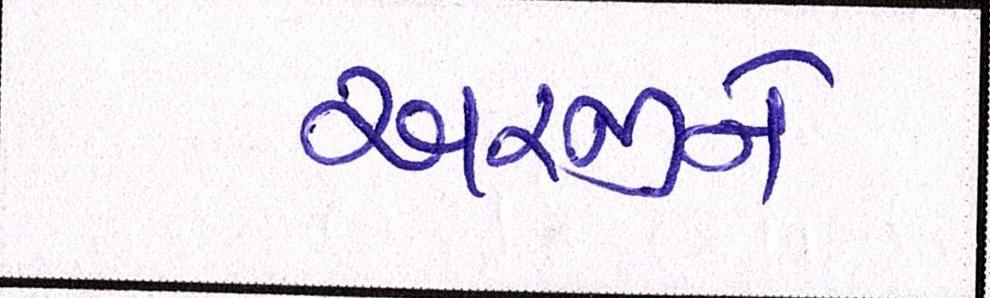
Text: અરજીને